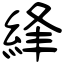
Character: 綘